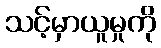
သင့်မှာယူမှုကို